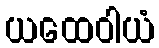
ယထေဝါယံ